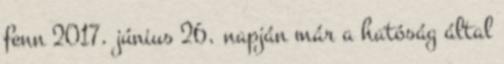
fenn 2017. június 26. napján már a hatóság által